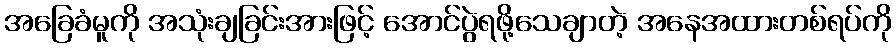
အခြေခံမူကို အသုံးချခြင်းအားဖြင့် အောင်ပွဲရဖို့သေချာတဲ့ အနေအထားတစ်ရပ်ကို